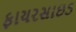
ફાયરસાઇડ